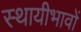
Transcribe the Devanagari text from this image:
स्थायीभावों